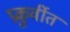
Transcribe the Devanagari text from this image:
प्रकुर्वीत